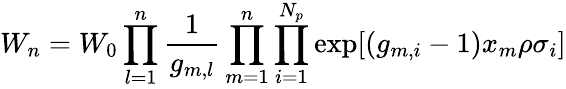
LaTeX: W_{n}=W_{0}\prod_{l=1}^{n}\frac{1}{g_{m,l}}\prod_{m=1}^{n}\prod_{i=1}^{N_{p}}\exp[(g_{m,i}-1)x_{m}\rho\sigma_{i}]